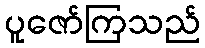
ပူဇော်ကြသည်